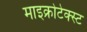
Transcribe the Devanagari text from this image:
माइक्रोटेक्स्ट